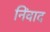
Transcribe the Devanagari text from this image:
निंवाद